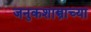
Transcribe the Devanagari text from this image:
जनुकशास्त्राच्या